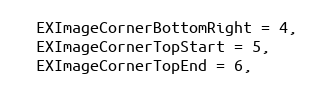
Language: C
  EXImageCornerBottomRight = 4,
  EXImageCornerTopStart = 5,
  EXImageCornerTopEnd = 6,